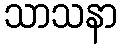
သာသနာ